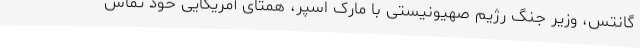
گانتس، وزیر جنگ رژیم صهیونیستی با مارک اسپر، همتای آمریکایی خود تماس